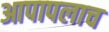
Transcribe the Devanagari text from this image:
आपापलाच